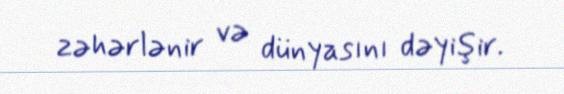
zəhərlənir və dünyasını dəyişir.